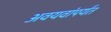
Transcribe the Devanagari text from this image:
अवयवांपर्यंत